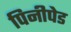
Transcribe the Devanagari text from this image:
पिनीपेड